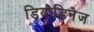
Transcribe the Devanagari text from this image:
ड़ियोडिनेज